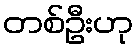
တစ်ဦးဟု